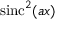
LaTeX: \operatorname { s i n c } ^ { 2 } ( a x )